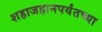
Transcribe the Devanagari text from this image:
शहाजहानपर्यंतच्या